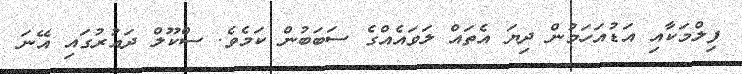
ފިލްމަކާއި އަޑުއަހަމުން ދިޔަ އެތައް ލަވައެއްގެ ސަބަބުން ކަމެވެ. ސްކޫލް ދައުރުގައި އޭނަ